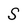
Character: S